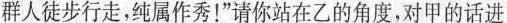
群人徒步行走，纯属作秀！”请你站在乙的角度，对甲的话进